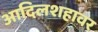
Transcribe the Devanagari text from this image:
आदिलशहावर